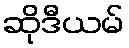
ဆိုဒီယမ်